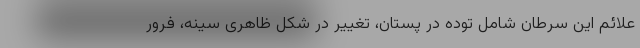
علائم این سرطان شامل توده در پستان، تغییر در شکل ظاهری سینه، فرور